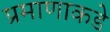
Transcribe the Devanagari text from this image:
प्रमाणाकडे